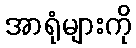
အာရုံများကို